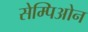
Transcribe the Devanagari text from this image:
सेम्पिओन